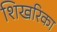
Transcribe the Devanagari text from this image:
शिखरिका